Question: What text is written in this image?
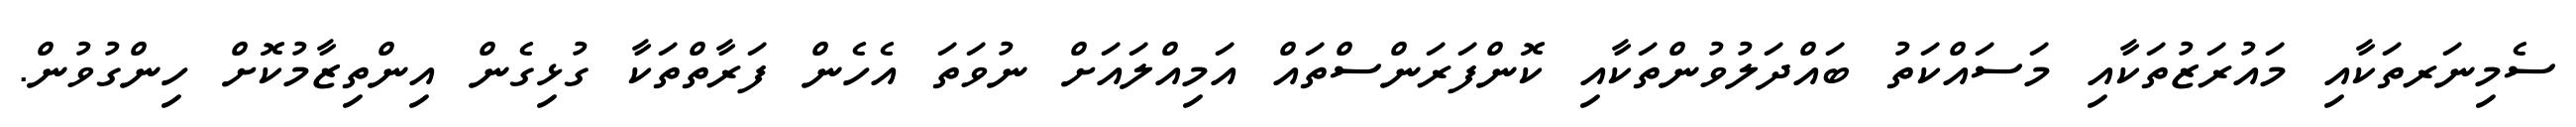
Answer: ސެމިނަރތަކާއި މައުރަޒުތަކާއި މަސައްކަތު ބައްދަލުވުންތަކާއި ކޮންފަރަންސްތައް އަމިއްލައަށް ނުވަތަ އެހެން ފަރާތްތަކާ ގުޅިގެން އިންތިޒާމުކޮށް ހިންގުވުން.